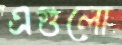
এগুলো